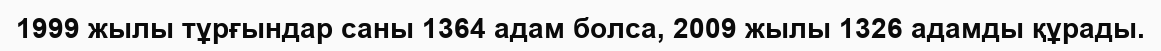
1999 жылы тұрғындар саны 1364 адам болса, 2009 жылы 1326 адамды құрады.